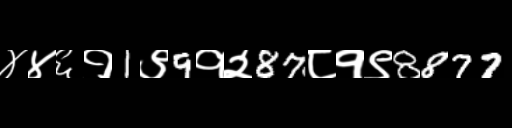
Text: ४४६१1९9१२87८१९8877